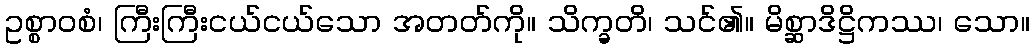
ဥစ္စာဝစံ၊ ကြီးကြီးငယ်ငယ်သော အတတ်ကို။ သိက္ခတိ၊ သင်၏။ မိစ္ဆာဒိဋ္ဌိကဿ၊ သော။